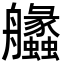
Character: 𦫈